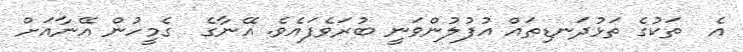
އެ  ތަކުގެ ތަޅުދަނޑިތައް އުފުލުންވަނީ ބުރަވެފައެވެ. އޭނާގެ  ގެމީހުން އޭނާއަށް